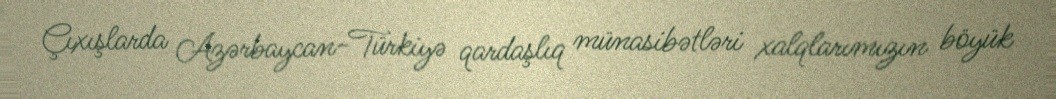
Çıxışlarda Azərbaycan-Türkiyə qardaşlıq münasibətləri xalqlarımızın böyük